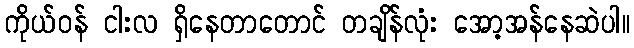
ကိုယ်ဝန် ငါးလ ရှိနေတာတောင် တချိန်လုံး အော့အန်နေဆဲပါ။